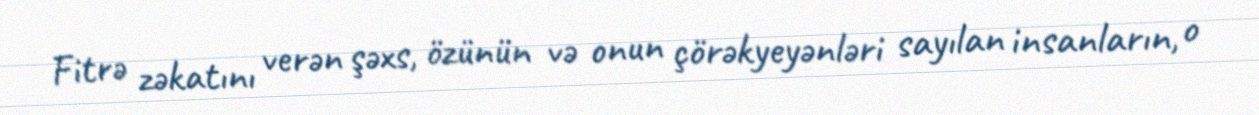
Fitrə zəkatını verən şəxs, özünün və onun çörəkyeyənləri sayılan insanların, o